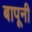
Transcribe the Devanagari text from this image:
बापूनी